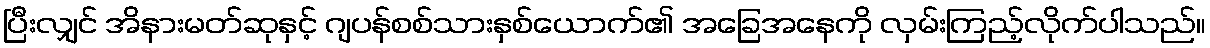
ပြီးလျှင် အိနားမတ်ဆုနှင့် ဂျပန်စစ်သားနှစ်ယောက်၏ အခြေအနေကို လှမ်းကြည့်လိုက်ပါသည်။